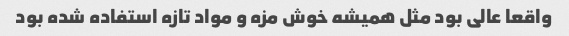
واقعا عالی بود مثل همیشه خوش مزه و مواد تازه استفاده شده بود